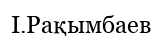
І.Рақымбаев